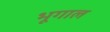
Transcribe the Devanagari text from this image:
भूगाल